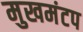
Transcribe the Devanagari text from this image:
मुखमंटप